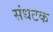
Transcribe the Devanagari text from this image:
संधटक